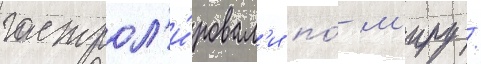
гастрол'и́ровал'и по́ м'иру /